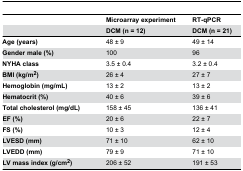
<table><thead><tr><td></td><td><b>Microarray experiment</b></td><td><b>RT-qPCR</b></td></tr><tr><td></td><td><b>DCM (n = 12)</b></td><td><b>DCM (n = 21)</b></td></tr></thead><tbody><tr><td><b>Age (years)</b></td><td>48 ± 9</td><td>49 ± 14</td></tr><tr><td><b>Gender male (%)</b></td><td>100</td><td>96</td></tr><tr><td><b>NYHA class</b></td><td>3.5 ± 0.4</td><td>3.2 ± 0.4</td></tr><tr><td><b>BMI (kg/m<sup>2</sup>)</b></td><td>26 ± 4</td><td>27 ± 7</td></tr><tr><td><b>Hemoglobin (mg/mL)</b></td><td>13 ± 2</td><td>13 ± 2</td></tr><tr><td><b>Hematocrit (%)</b></td><td>40 ± 6</td><td>39 ± 6</td></tr><tr><td><b>Total cholesterol (mg/dL)</b></td><td>158 ± 45</td><td>136 ± 41</td></tr><tr><td><b>EF (%)</b></td><td>20 ± 6</td><td>22 ± 7</td></tr><tr><td><b>FS (%)</b></td><td>10 ± 3</td><td>12 ± 4</td></tr><tr><td><b>LVESD (mm)</b></td><td>71 ± 10</td><td>62 ± 10</td></tr><tr><td><b>LVEDD (mm)</b></td><td>79 ± 9</td><td>71 ± 10</td></tr><tr><td><b>LV mass index (g/cm<sup>2</sup>)</b></td><td>206 ± 52</td><td>191 ± 53</td></tr></tbody></table>